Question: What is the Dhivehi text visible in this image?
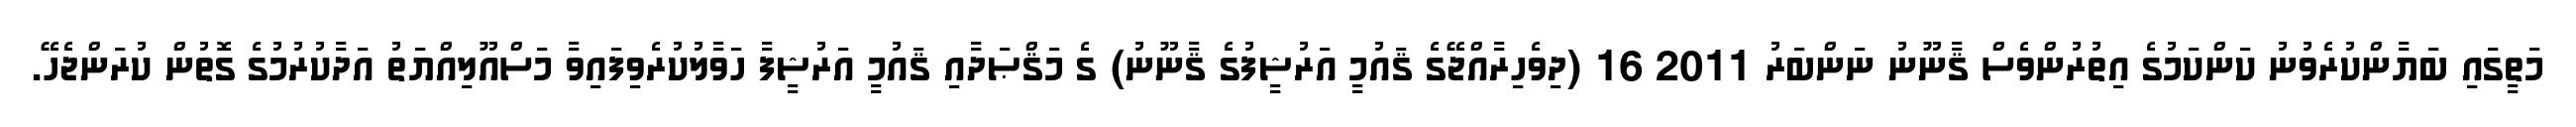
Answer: މަތީގައި ބަޔާންކުރެވުނު ކަންކަމުގެ އިތުރުންވެސް ޤާނޫނު ނަންބަރު 2011 16 (ދިވެހިރާއްޖޭގެ ޤައުމީ އަރުޝީފުގެ ޤާނޫނު) ގެ މަޤްޞަދާއި ޤައުމީ އަރުޝީފާ ހަވާލުކުރެވިފައިވާ މަސްއޫލިއްޔަތު އަދާކުރުމުގެ ގޮތުން ކުރަންޖެހޭ.